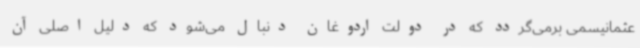
عثمانیسمی برمی‌گردد که در دولت اردوغان دنبال می‌شود که دلیل اصلی آن